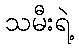
သမီးရဲ့